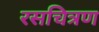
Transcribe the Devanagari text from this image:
रसचित्रण